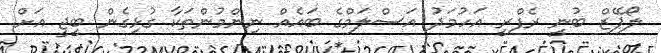
ލޯޕޭޒް ބުނީ ރެފްރީ އަހުމަދު އަސްލަމްގެ ބައެއް ނިންމުންތަކާ ގުޅިގެން ބީޖީ އަށް